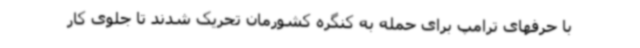
با حرفهای ترامپ برای حمله به کنگره کشورمان تحریک شدند تا جلوی کار